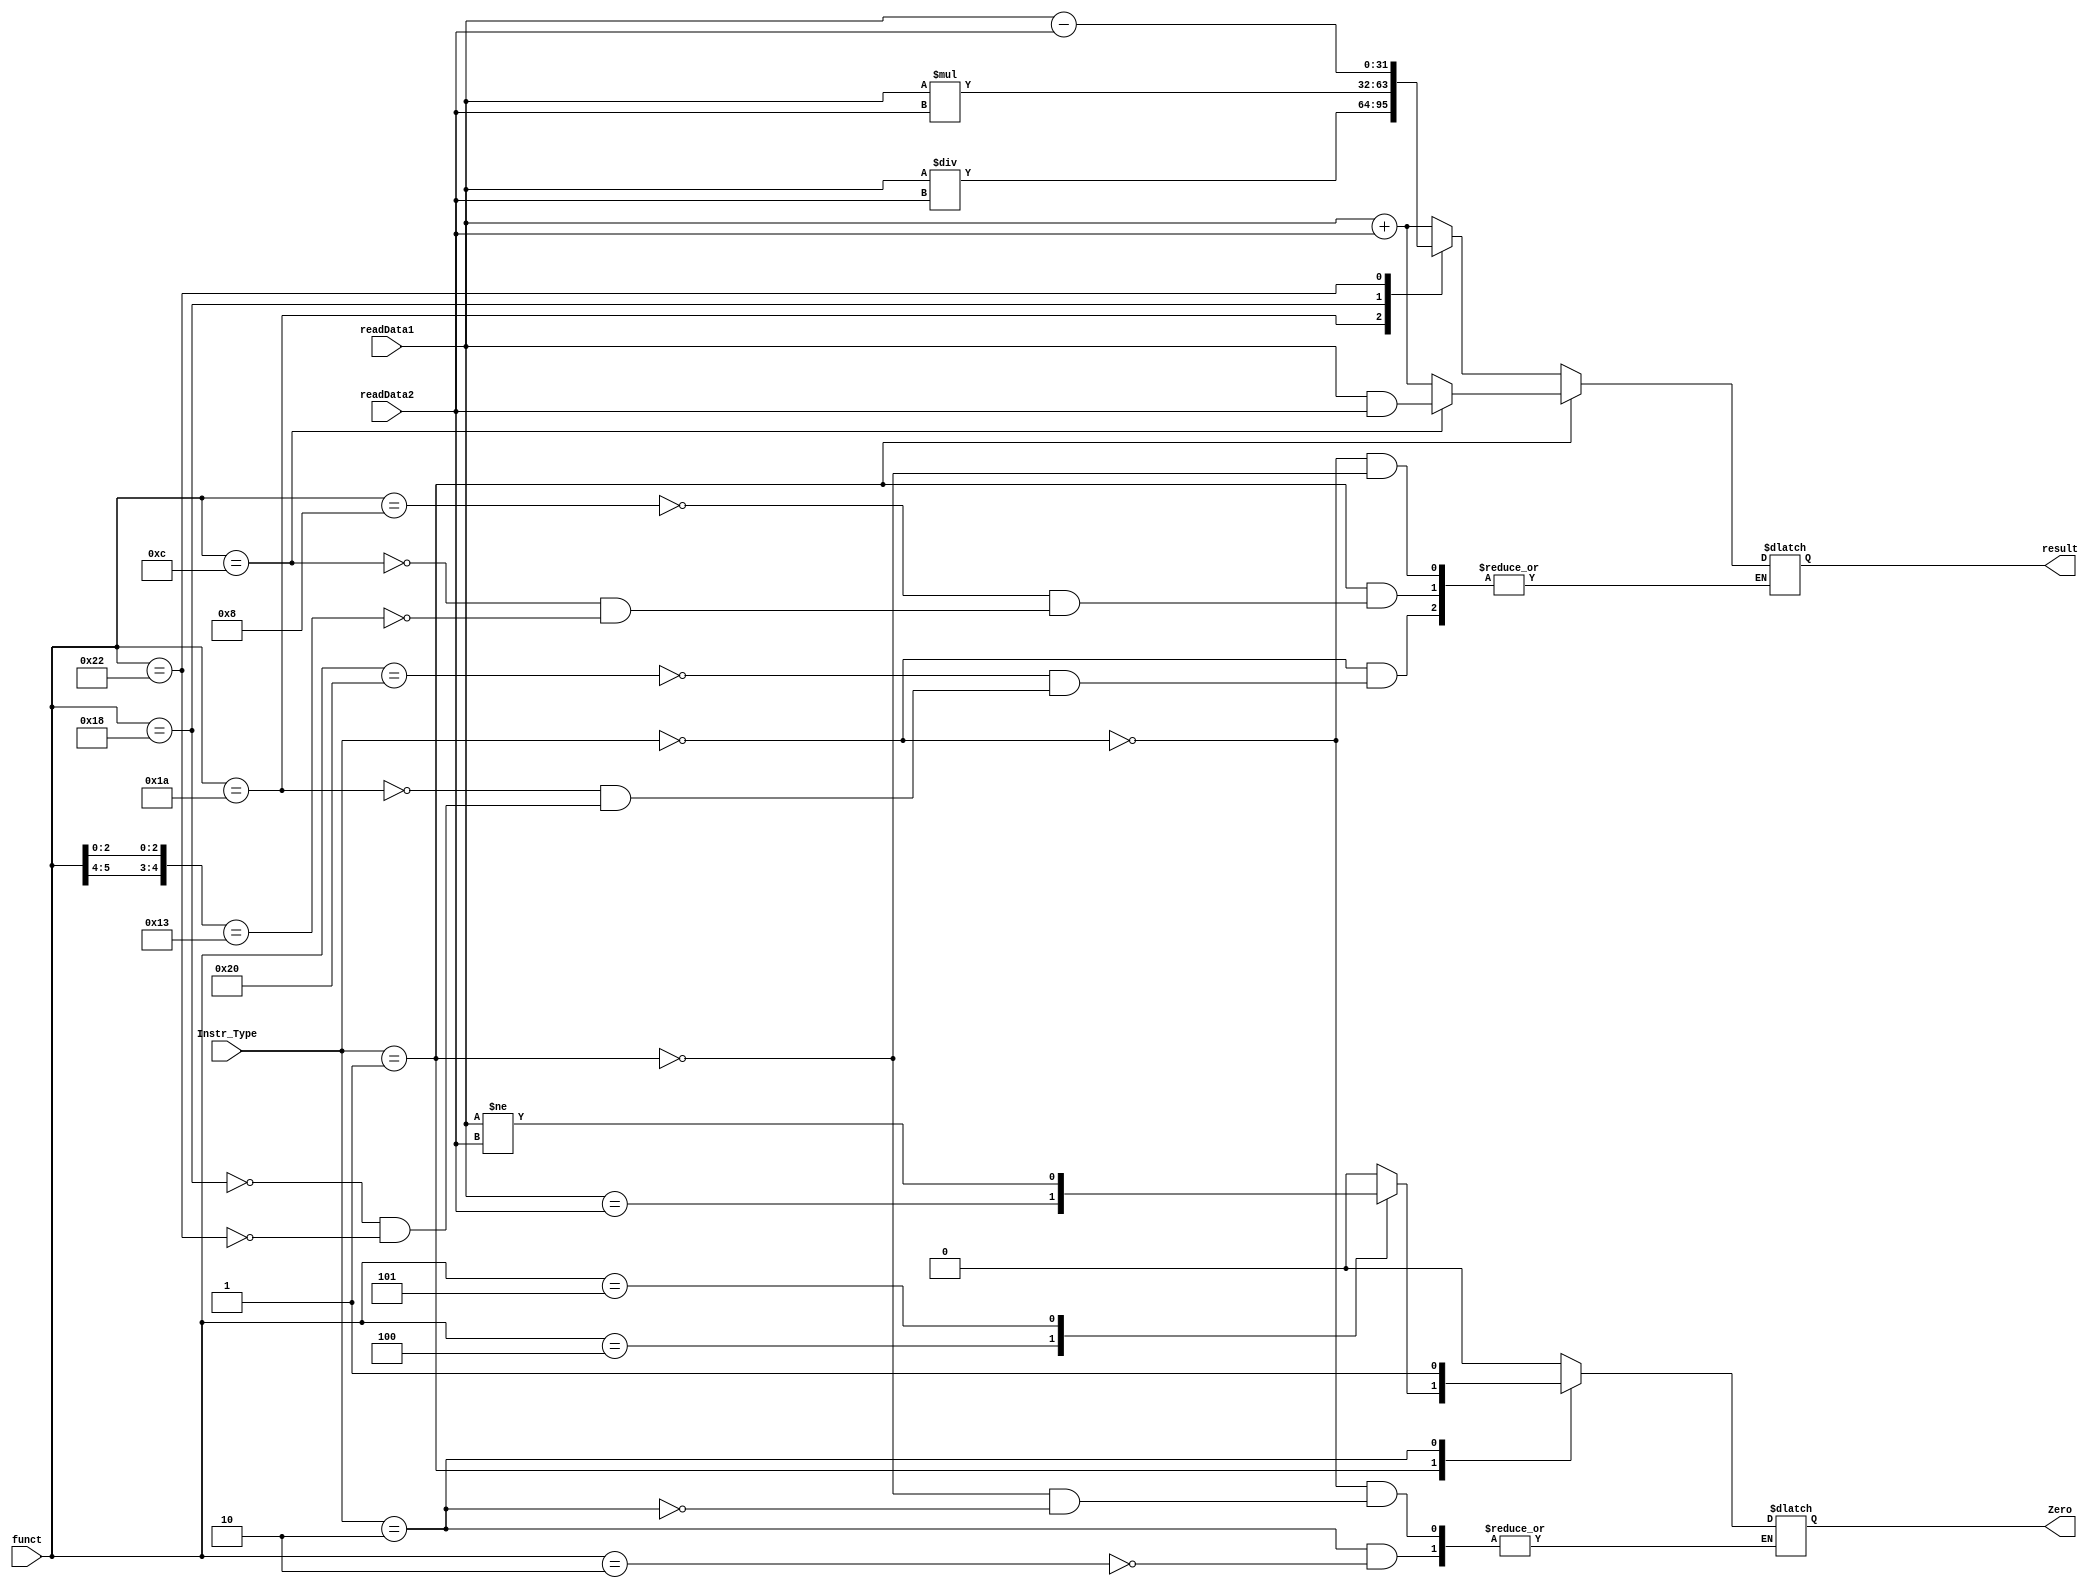
module ALU(
	input [1:0] Instr_Type,
	input [5:0] funct,
	input [31:0] readData1, readData2,
	output reg Zero,
	output reg [31:0] result);
	
	initial
	begin
		Zero = 0;
		//result = 0;
	end

	always @(*)
	begin
		case(Instr_Type)
			2'b00://R-type
				begin
					Zero <= 0; //Zero not needed in R-type
					case(funct)
						6'b100000://Add
							begin
								result <= readData1 + readData2;
							end
						6'b011010://Div 
							begin
								result <= readData1/readData2;
							end
						6'b011000://Mult 
							begin
								result <= readData1 * readData2;
							end
						6'b100010://Sub
							begin
								result <= readData1 - readData2;
							end
						default:
							$display("No function to handle current input");
							
					endcase
				end
			2'b01://I-type
				begin
					Zero <= 0;
					casex(funct)
						6'b001000://Addi 
							begin
								result <= readData1 + readData2;
							end
						6'b001100://Andi
							begin
								result <= readData1 & readData2;
							end
						6'b000100://BEQ
							begin
								Zero <= (readData1 == readData2);
							end
						6'b000101://BNE
							begin
								Zero <= (readData1 != readData2);
							end
						6'b10x011://LW and SW
							begin
								result <= readData1 + readData2;
							end
						default:
								$display("No function to handle current input");
					endcase
				end
			2'b10://J-type
				begin
					case(funct)
						6'b000010://Jump
							begin
								Zero <= 1;
							end
						default:
								$display("No function to handle current input");
					endcase
				end
			default:
				$display("Error: Invalid Instruction Type");
		endcase
	end

endmodule